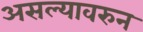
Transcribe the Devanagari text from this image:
असल्यावरुन